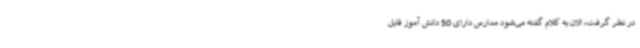
در نظر گرفت، الان به کلام گفته می‌شود مدارس دارای 50 دانش آموز قابل